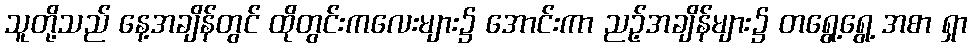
သူတို့သည် နေ့အချိန်တွင် ထိုတွင်းကလေးများ၌ အောင်းကာ ညဉ့်အချိန်များ၌ တရွေ့ရွေ့ အစာ ရှာ